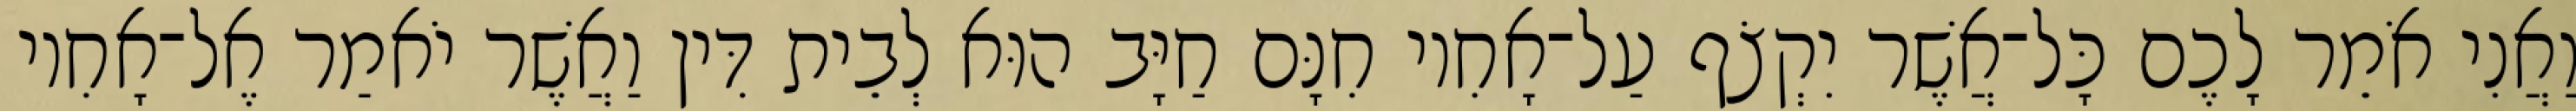
וַאֲנִי אֹמֵר לָכֶם כָּל־אֲשֶׁר יִקְצֹף עַל־אָחִיו חִנָּם חַיָּב הוּא לְבֵית דִּין וַאֲשֶׁר יֹאמַר אֶל־אָחִיו